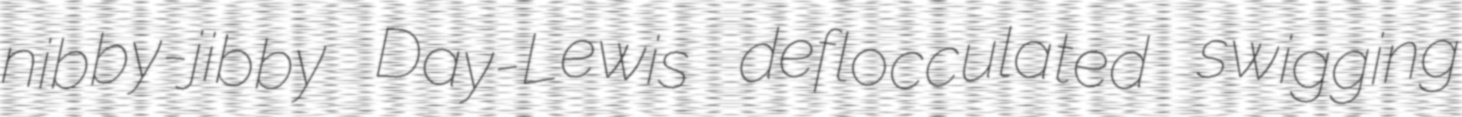
nibby-jibby Day-Lewis deflocculated swigging